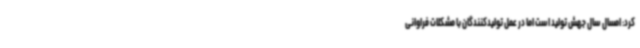
کرد: امسال سال جهش تولید است اما در عمل تولیدکنندگان با مشکلات فراوانی